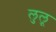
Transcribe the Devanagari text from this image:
लुलू